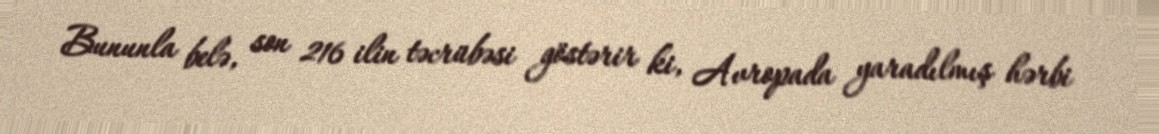
Bununla belə, son 216 ilin təcrübəsi göstərir ki, Avropada yaradılmış hərbi